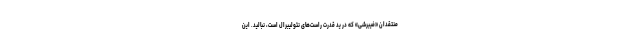
منتقدان «فیبرشی» که در ید قدرت راست‌های نئولیبرال است، نبالید. این